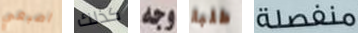
اصبعي كذلك وجه طلبة منفصلة